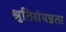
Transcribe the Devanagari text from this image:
श्रुतिसंपन्नता